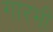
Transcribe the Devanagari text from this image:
गारभी